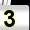
Digit: 3